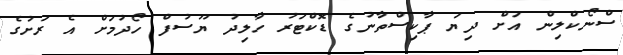
ސްނޯކްލިން އަށް ދިޔަ ޕާކިސްތާނުގެ ޑޮކްޓަރު ހާލިދު ޔޫސުފް ހޯދުމަށް އެ ރަށުގެ